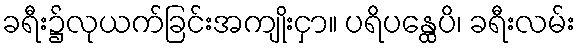
ခရီး၌လုယက်ခြင်းအကျိုးငှာ။ ပရိပန္ထေပိ၊ ခရီးလမ်း